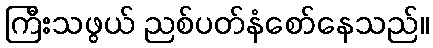
ကြီးသဖွယ် ညစ်ပတ်နံစော်နေသည်။